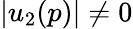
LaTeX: |u_{2}(p)|\neq 0